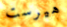
هيرست